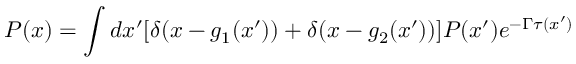
P ( x ) = \int d x ^ { \prime } [ \delta ( x - g _ { 1 } ( x ^ { \prime } ) ) + \delta ( x - g _ { 2 } ( x ^ { \prime } ) ) ] P ( x ^ { \prime } ) e ^ { - \Gamma \tau ( x ^ { \prime } ) }